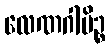
လေဏဂါမိဉ္စ